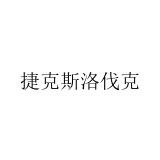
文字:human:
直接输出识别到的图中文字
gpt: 捷克斯洛伐克